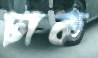
ঢাক